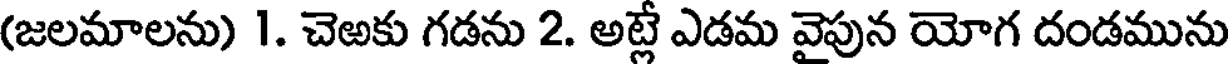
(జలమాలను) 1. చెఱకు గడను 2. అట్లే ఎడమ వైపున యోగ దండమును